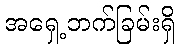
အရှေ့ဘက်ခြမ်းရှိ